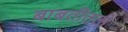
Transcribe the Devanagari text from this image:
बाबतीतली